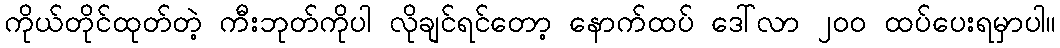
ကိုယ်တိုင်ထုတ်တဲ့ ကီးဘုတ်ကိုပါ လိုချင်ရင်တော့ နောက်ထပ် ဒေါ်လာ ၂၀၀ ထပ်ပေးရမှာပါ။